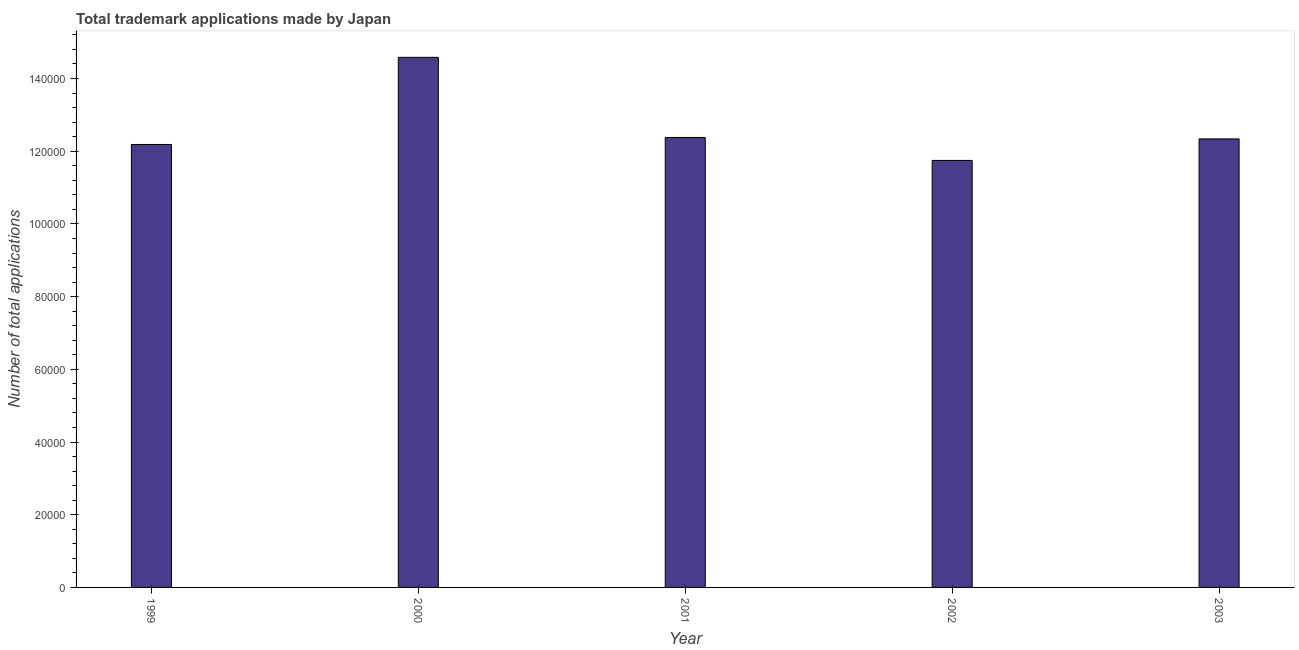
| Year | Trademark applications |
 | --- | --- |
 | 1999 | 1.22e+05 |
 | 2000 | 1.46e+05 |
 | 2001 | 1.24e+05 |
 | 2002 | 1.17e+05 |
 | 2003 | 1.23e+05 |